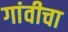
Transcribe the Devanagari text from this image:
गांवीचा